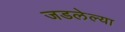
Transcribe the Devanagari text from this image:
जडलेल्या